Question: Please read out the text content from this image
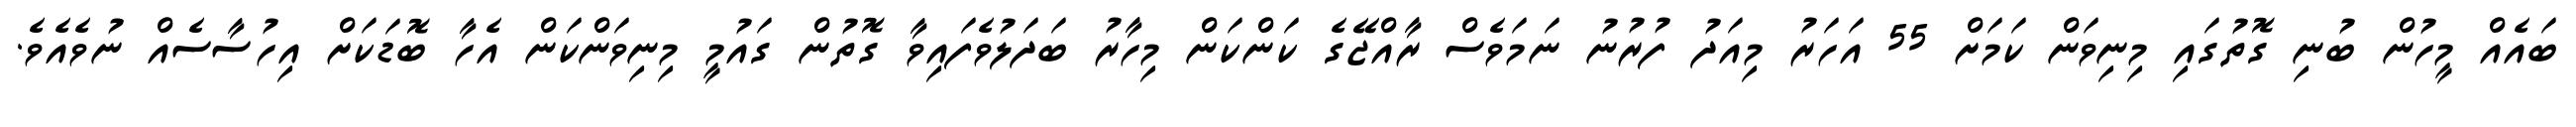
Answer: ބައެއް މީހުން ބުނި ގޮތުގައި މިނިވަން ކަމަށް 55 އަހަރު މިއަދު ފުރުނު ނަމަވެސް ރާއްޖޭގެ ކަންކަން މިހާރު ބަދަލުވެފައިވާ ގޮތުން ގައުމީ މިނިވަންކަން އެހާ ބޮޑަކަށް އިހުސާސެއް ނުވެއެވެ.